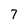
Character: 7